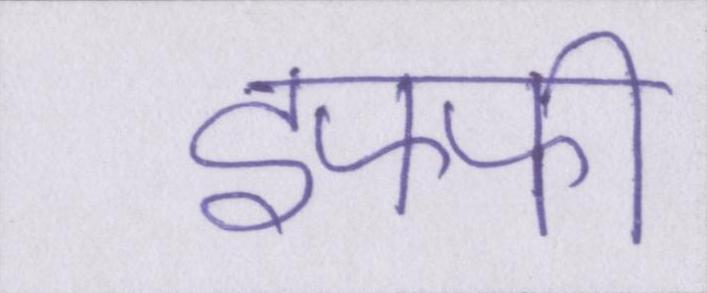
इफ्फी